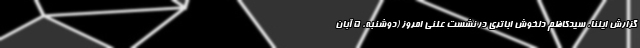
گزارش ایلنا، سیدکاظم دلخوش اباتری در نشست علنی امروز (دوشنبه، 5 آبان